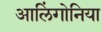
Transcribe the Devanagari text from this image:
आलिंगोनिया